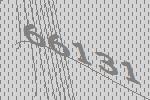
66131